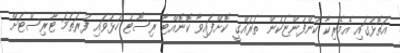
އަތޮޅުގައި އެމެރިކާ ކުންފުންޏަކުން ތަރައްގީ ކޮށްފައިވާ ކޮނޮއްޓާ ރިސޯޓު ހުޅުވައި ފުރަތަމަ ޓޫރިސްޓަށް